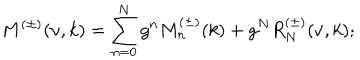
M ^ { ( \pm ) } ( \nu , k ) = \sum _ { n = 0 } ^ { N } g ^ { n } M _ { n } ^ { ( \pm ) } ( k ) + g ^ { N } R _ { N } ^ { ( \pm ) } ( \nu , k ) ;